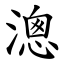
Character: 漗